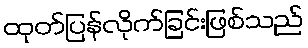
ထုတ်ပြန်လိုက်ခြင်းဖြစ်သည်